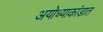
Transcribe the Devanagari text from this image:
अयोध्याकांडात